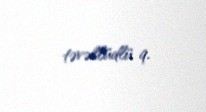
təvəllüdlü 9.